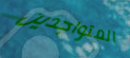
المتواجدين